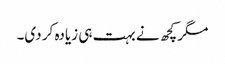
مگر کچھ نے بہت ہی زیادہ کر دی۔